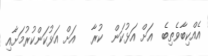
އެއްކިބާވެތިބެ  އަށް އަޅުކަން  ކުރާ   އަށް އަޅުކަންކުރުމަށާއި